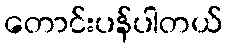
တောင်းပန်ပါတယ်